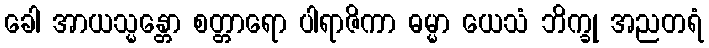
ခေါ အာယသ္မန္တော စတ္တာရော ပါရာဇိကာ ဓမ္မာ ယေသံ ဘိက္ခု အညတရံ